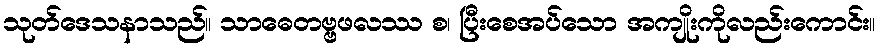
သုတ်ဒေသနာသည်။ သာဓေတဗ္ဗဖလဿ စ၊ ပြီးစေအပ်သော အကျိုးကိုလည်းကောင်း။